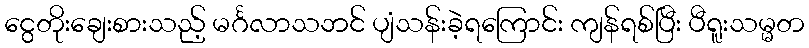
ငွေတိုးချေးစားသည့် မင်္ဂလာသဘင် ပျံသန်းခဲ့ရကြောင်း ကျန်ရစ်ပြီး ပီရူးသမ္မတ